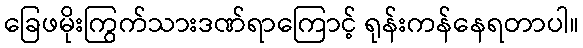
ခြေဖမိုးကြွက်သားဒဏ်ရာကြောင့် ရုန်းကန်နေရတာပါ။